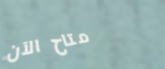
متاح الآن